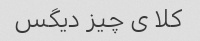
کلا ی چیز دیگس